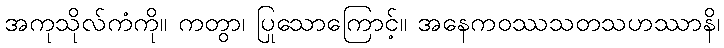
အကုသိုလ်ကံကို။ ကတွာ၊ ပြုသောကြောင့်။ အနေကဝဿသတသဟဿာနိ၊